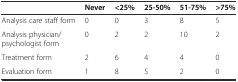
<table><thead><tr><td></td><td><b>Never</b></td><td><b>&lt;25%</b></td><td><b>25-50%</b></td><td><b>51-75%</b></td><td><b>&gt;75%</b></td></tr></thead><tbody><tr><td>Analysis care staff form</td><td>0</td><td>0</td><td>3</td><td>8</td><td>5</td></tr><tr><td>Analysis physician/psychologist form</td><td>0</td><td>2</td><td>2</td><td>10</td><td>2</td></tr><tr><td>Treatment form</td><td>2</td><td>6</td><td>4</td><td>4</td><td>0</td></tr><tr><td>Evaluation form</td><td>1</td><td>8</td><td>5</td><td>2</td><td>0</td></tr></tbody></table>